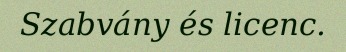
Szabvány és licenc.